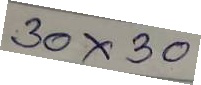
30x30